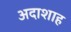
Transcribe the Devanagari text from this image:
अदाशाह